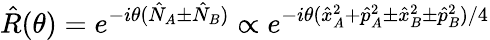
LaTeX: \hat{R}(\theta)=e^{-i\theta(\hat{N}_{A}\pm\hat{N}_{B})}\propto e^{-i\theta(\hat{x}_{A}^{2}+\hat{p}_{A}^{2}\pm\hat{x}_{B}^{2}\pm\hat{p}_{B}^{2})/4}